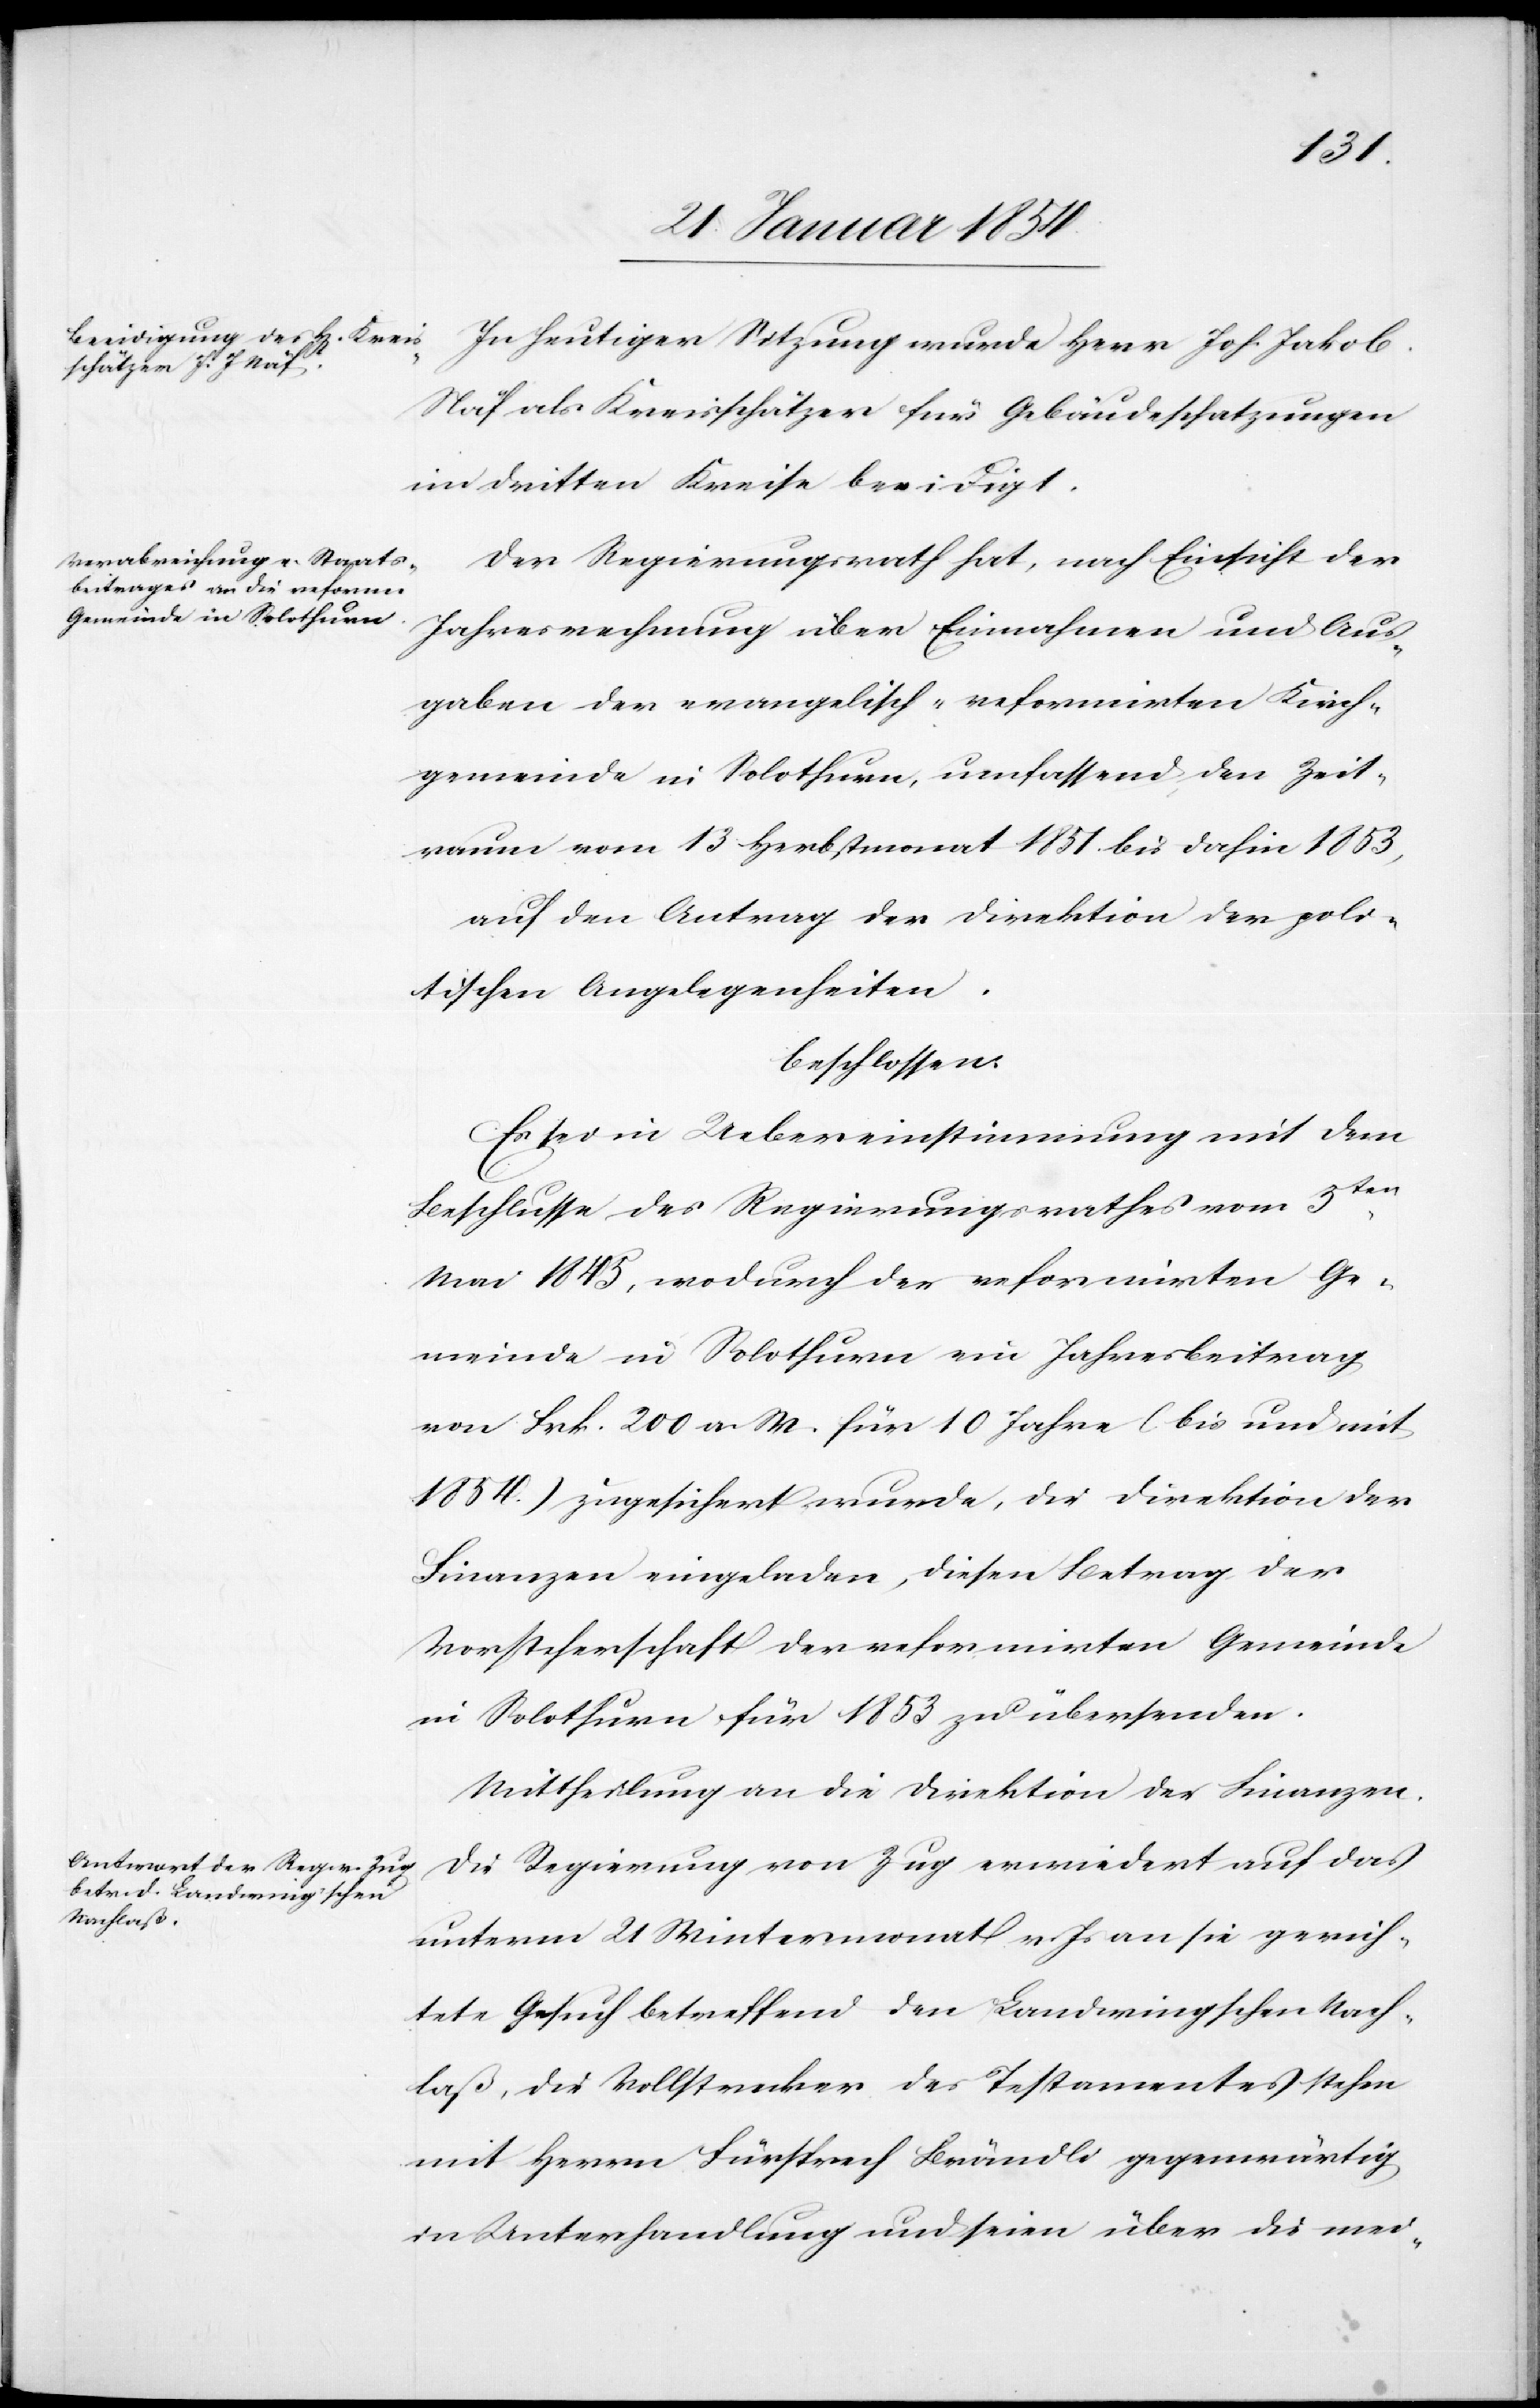
In heutiger Sitzung wurde Herr Joh. Jakob
Näf Kreisschätzer für Gebäudeschatzungen
im dritten Kreise beeidigt.
Der Regierungsrath hat, nach Einsicht der
Jahresrechnung über Einnahmen und Aus¬
gaben der evangelisch-reformirten Kirch¬
gemeinde in Solothurn, umfassend den Zeit¬
raum vom 13 Herbstmonat 1851 bis dahin 1853,
auf den Antrag der Direktion der poli¬
tischen Angelegenheiten.
beschlossen:
Es sei in Uebereinstimmung mit dem
Beschlusse des Regierungsrathes vom 5ten
Mai 1845, wodurch der reformirten Ge¬
meinde in Solothurn ein Jahresbeitrag
von Frk. 200 a. M. für 10 Jahre (bis und mit
1854.) zugesichert wurde, die Direktion der
Finanzen eingeladen, diesen Betrag der
Vorsteherschaft der refomirten Gemeinde
in Solothurn für 1853 zu übersenden.
Mittheilung an die Direktion der Finanzen.
Die Regierung von Zug erwiedert auf das
unterm 21 Wintermonat v. Js an sie gerich¬
tete Gesuch betreffend den Landringschen Nach¬
laß, die Vollstrecker des Testamentes stehen
mit Herrn Fürsprech Brändli gegenwärtig
in Unterhandlung und seien über die mei-